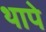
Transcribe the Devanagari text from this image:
थापे